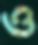
ও